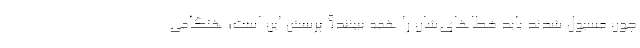
چون مسئول شدند باید خطاهای‌شان را همه ببینند؟ پرسش این است؛ هنگامی